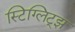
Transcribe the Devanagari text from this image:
स्टिग्लिट्झ